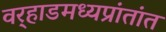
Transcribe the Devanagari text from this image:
वर्‍हाडमध्यप्रांतांत